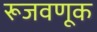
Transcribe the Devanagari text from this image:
रूजवणूक